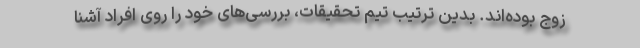
زوج بوده‌اند. بدین ترتیب تیم تحقیقات، بررسی‌های خود را روی افراد آشنا